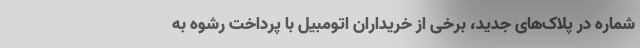
شماره در پلاک‌های جدید، برخی از خریداران اتومبیل با پرداخت رشوه به